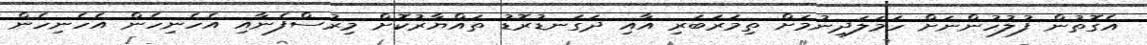
އެގޮތުން ފުލުހުންނަށް ހަމަލަދިނުމަށް ތިމަރަބަރި އާއި ދަގަނޑުރޮޑު ތައްޔާރުކޮށް މިރުސްފެނާއި އެހެނިހެން އެހެނިހެން